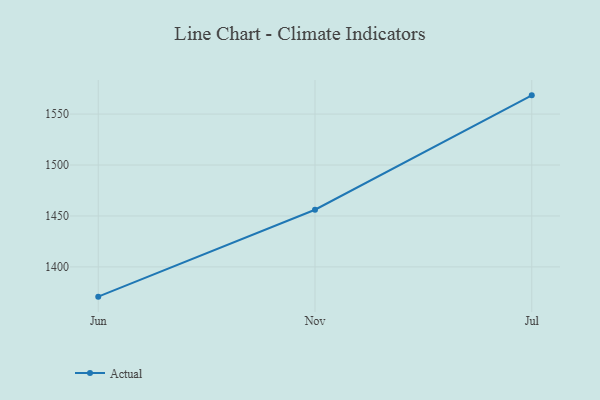
{"axis": {"x": "Month", "y": "Tickets Resolved"}, "legend": ["Actual"], "data": [{"x": "Jun", "y": 1370.8, "type": "Actual"}, {"x": "Nov", "y": 1456.1, "type": "Actual"}, {"x": "Jul", "y": 1568.4, "type": "Actual"}]}